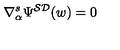
\nabla _ { \alpha } ^ { s } \Psi ^ { { \cal S D } } ( w ) = 0